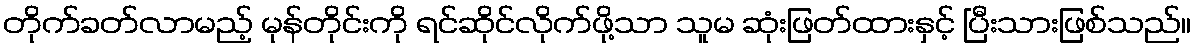
တိုက်ခတ်လာမည့် မုန်တိုင်းကို ရင်ဆိုင်လိုက်ဖို့သာ သူမ ဆုံးဖြတ်ထားနှင့် ပြီးသားဖြစ်သည်။